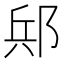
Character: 𨛪